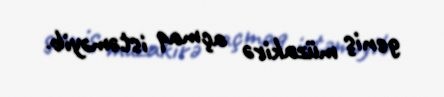
geniş müzakirə açmaq istəməyib.